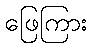
ဖြေကြား